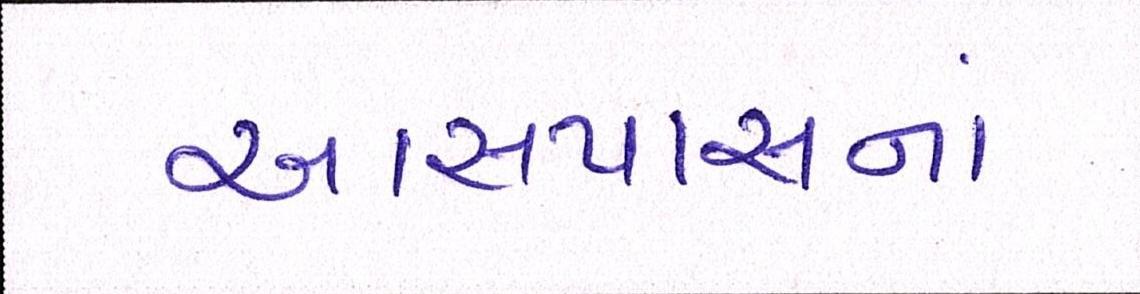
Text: આસપાસનાં